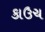
કાઉચ